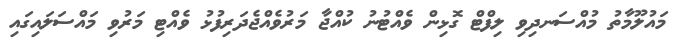
މައުލޫމާތު މުއްސަނދިވި ލިފްޓް ގޮޅިން ވެއްޓުނު ކުއްޖާ މަރުވެއްޖެދަރިފުޅު ވެއްޓި މަރުވި މައްސަލައިގައި